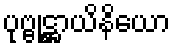
ပုဗ္ဗုဋ္ဌာယိနိယော